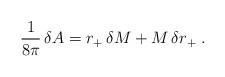
LaTeX: \begin{align*}{1\over8\pi}\,\delta A=r_+\,\delta M+M\,\delta r_+\;.\end{align*}